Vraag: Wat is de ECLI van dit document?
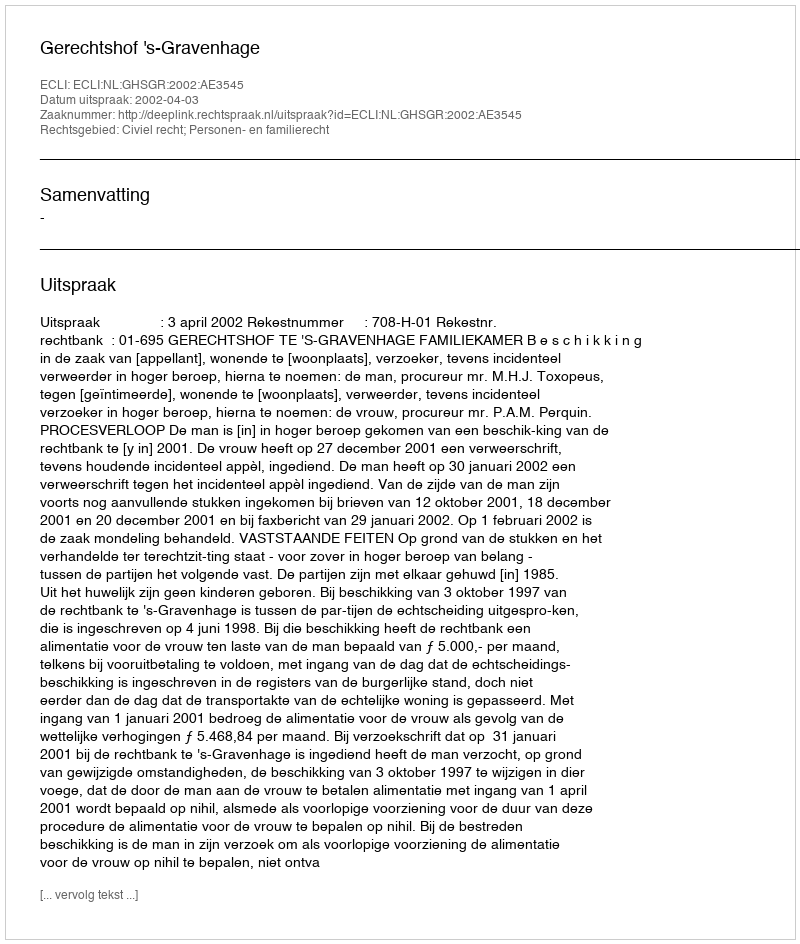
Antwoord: ECLI:NL:GHSGR:2002:AE3545